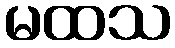
မထသ